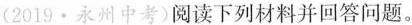
(2019·永州中考)阅读下列材料并回答问题。